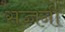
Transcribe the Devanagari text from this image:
सज्जनी